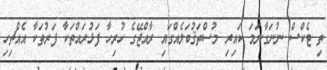
ތި ޓެކްސް ނުނަގާނަމަ ކައިރި މުސްތަޤުބަލެއްގައި ރާއްޖޭގެ ހުރިހާ ފަޅުރައްތަކާ ފަރުތަކާ އެއްޗިހި